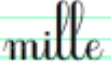
mille